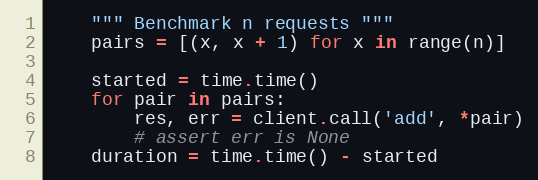
Language: Python
    """ Benchmark n requests """
    pairs = [(x, x + 1) for x in range(n)]

    started = time.time()
    for pair in pairs:
        res, err = client.call('add', *pair)
        # assert err is None
    duration = time.time() - started